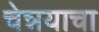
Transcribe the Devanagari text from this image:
चेन्नयाचा